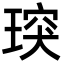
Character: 㻠